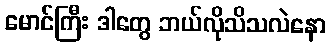
မောင်ကြီး ဒါတွေ ဘယ်လိုသိသလဲနော